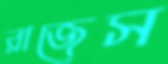
রাজেস